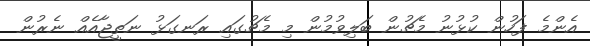
އެންމެ ފަހުން ކުޅުނު މެޗުން ބަލިވުމުން މި މެޗުގައި ރަނގަޅު ނަތީޖާއެއް ނެރުން